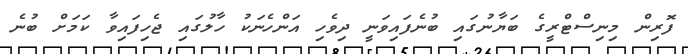
ފޮރިން މިނިސްޓްރީގެ ބަޔާނުގައި ބުނެފައިވަނީ ދިވެހި އަންހެނަކު ހާލުގައި ޖެހިފައިވާ ކަމަށް ބުނެ